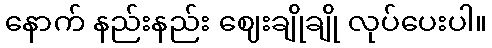
နောက် နည်းနည်း ဈေးချိုချို လုပ်ပေးပါ။